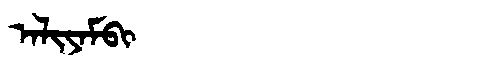
Manchu: ᠠᠯᡳᠶᠠᠮᠪᡳ
Romanization: ALIYAMBI